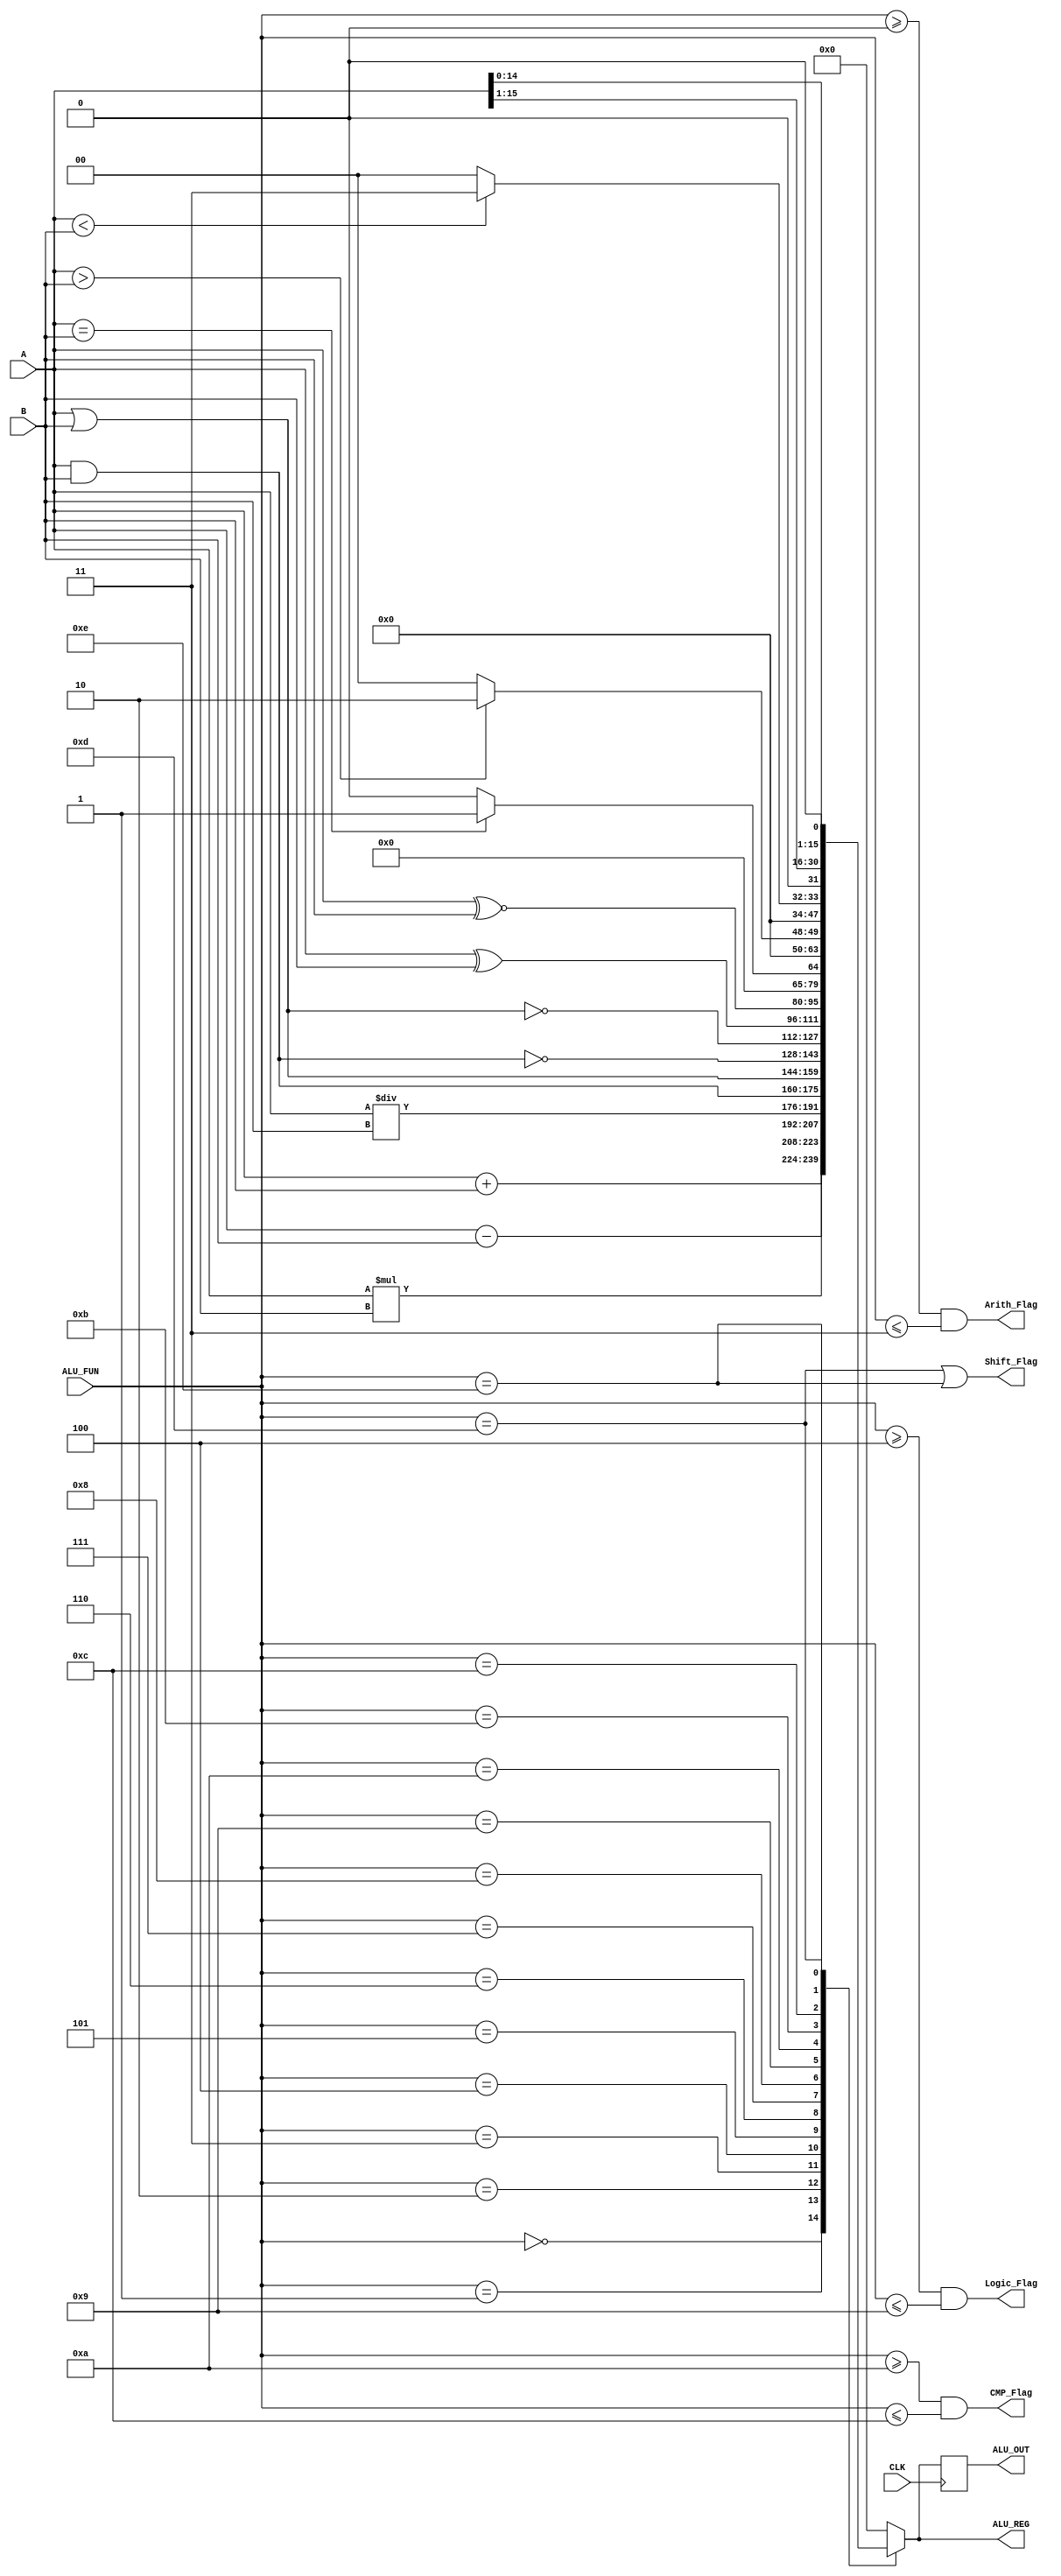
module ALU_16bits (
input wire [0:15] A,B,
input wire CLK,
input wire [0:3] ALU_FUN,
output reg [0:15] ALU_OUT,ALU_REG,
output wire Arith_Flag,Logic_Flag,CMP_Flag,Shift_Flag
);

always@(posedge CLK)
begin
  ALU_OUT<=ALU_REG;
end

always@(*)
begin
  case(ALU_FUN)
    
    4'b0000:ALU_REG=A+B;
    4'b0001:ALU_REG=A-B;
    4'b0010:ALU_REG=A*B;
    4'b0011:ALU_REG=A/B;

    4'b0100:ALU_REG=A&B;
    4'b0101:ALU_REG=A|B;
    4'b0110:ALU_REG=~(A&B);
    4'b0111:ALU_REG=~(A|B);
    4'b1000:ALU_REG=A^B;
    4'b1001:ALU_REG=A~^B;
    
    4'b1010:
    begin
     if(A==B)
       ALU_REG=16'b1;
     else
       ALU_REG=16'b0;
    end
   
    4'b1011:
    begin
     if(A>B)
       ALU_REG=16'b10; 
     else
       ALU_REG=16'b0;  
    end
    
    4'b1100:
    begin
     if(A<B) 
      ALU_REG=16'b11;
     else 
      ALU_REG=16'b0;   
    end
    
    4'b1101:ALU_REG=A>>1;
    4'b1110:ALU_REG=A<<1;
     
    default:ALU_REG=16'b0;
     
  endcase
 end
 
 assign Arith_Flag=((ALU_FUN>=4'b0)&&(ALU_FUN<=4'b11));
 assign Logic_Flag=((ALU_FUN>=4'b0100)&&(ALU_FUN<=4'b1001));
 assign CMP_Flag=((ALU_FUN>=4'b1010)&&(ALU_FUN<=4'b1100));
 assign Shift_Flag=((ALU_FUN==4'b1101)||(ALU_FUN==4'b1110));
endmodule